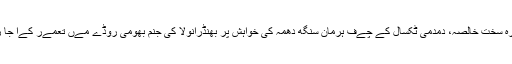
گوردوارہ سخت خالصہ، دمدمی ٹکسال کے چےف ہرمان سنگھ دُھمہ کی خواہش پر بھنڈرانولا کی جنم بھومی روڈے مےں تعمےر کےا جا رہا ہے۔